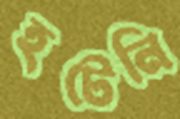
হটেনি